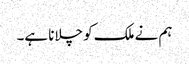
ہم نے ملک کو چلانا ہے۔